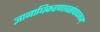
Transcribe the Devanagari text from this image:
ज्ञानाधिकरणत्वसंपादनम्